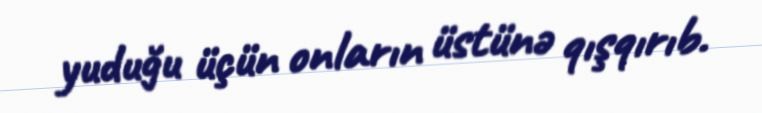
yuduğu üçün onların üstünə qışqırıb.